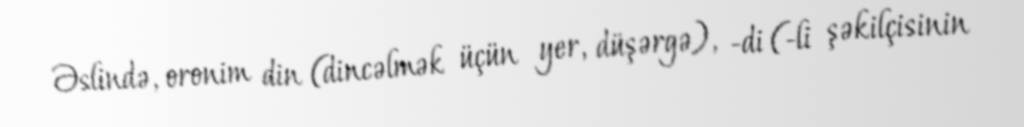
Əslində, oronim din (dincəlmək üçün yer, düşərgə), -di (-li şəkilçisinin